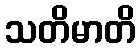
သတိမာတိ